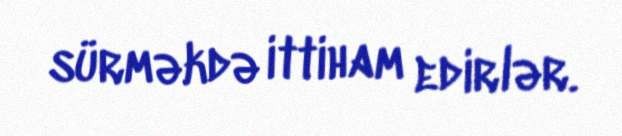
sürməkdə ittiham edirlər.